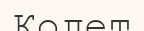
Колет